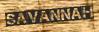
SAVANNAH